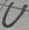
Text: U